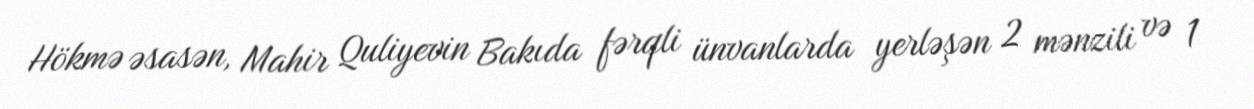
Hökmə əsasən, Mahir Quliyevin Bakıda fərqli ünvanlarda yerləşən 2 mənzili və 1